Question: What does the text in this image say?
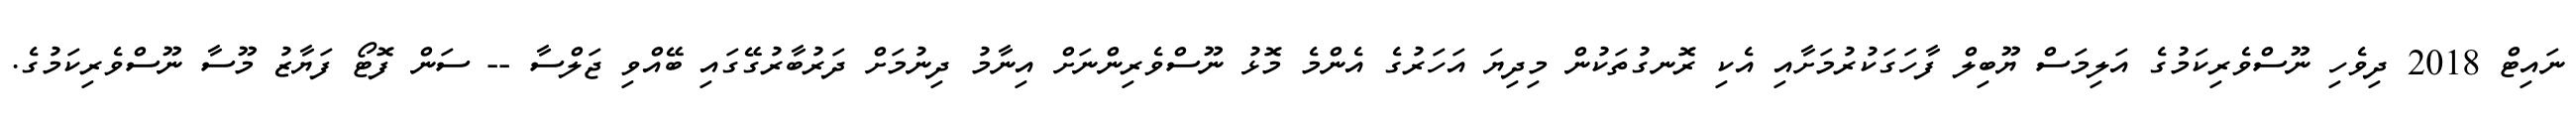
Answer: ނައިޓް 2018 ދިވެހި ނޫސްވެރިކަމުގެ އަލިމަސް ޔޫބިލް ފާހަގަކުރުމަށާއި އެކި ރޮނގުތަކުން މިދިޔަ އަހަރުގެ އެންމެ މޮޅު ނޫސްވެރިންނަށް އިނާމު ދިނުމަށް ދަރުބާރުގޭގައި ބޭއްވި ޖަލްސާ -- ސަން ފޮޓޯ ފަޔާޒު މޫސާ ނޫސްވެރިކަމުގެ.